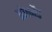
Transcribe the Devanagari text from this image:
प्रोकोंड